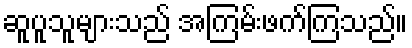
ဆူပူသူများသည် အကြမ်းဖက်ကြသည်။